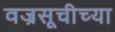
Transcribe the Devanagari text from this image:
वज्रसूचीच्या